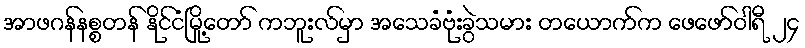
အာဖဂန်နစ္စတန် နိုင်ငံမြို့တော် ကဘူးလ်မှာ အသေခံဗုံးခွဲသမား တယောက်က ဖေဖော်ဝါရီ ၂၄